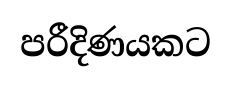
පරීදිණයකට